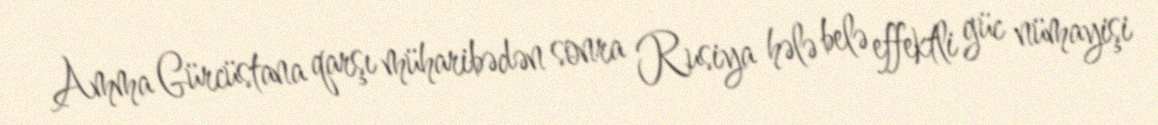
Amma Gürcüstana qarşı müharibədən sonra Rusiya hələ belə effektli güc nümayişi